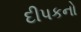
દીપકનો